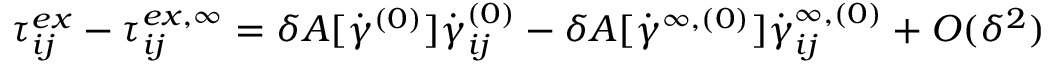
\tau _ { i j } ^ { e x } - \tau _ { i j } ^ { e x , \infty } = \delta A [ \dot { \gamma } ^ { ( 0 ) } ] \dot { \gamma } _ { i j } ^ { ( 0 ) } - \delta A [ \dot { \gamma } ^ { \infty , ( 0 ) } ] \dot { \gamma } _ { i j } ^ { \infty , ( 0 ) } + O ( \delta ^ { 2 } )